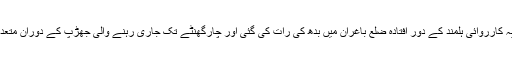
نیٹو نے ایک بیان میں کہا ہے کہ یہ کارروائی ہلمند کے دور افتادہ ضلع باغران میں بدھ کی رات کی گئی اور چارگھنٹے تک جاری رہنے والی جھڑپ کے دوران متعدد عسکریت پسند زخمی بھی ہوئے۔